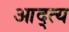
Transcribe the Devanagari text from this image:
आद्त्य